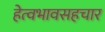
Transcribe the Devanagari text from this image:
हेत्वभावसहचार